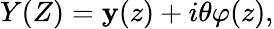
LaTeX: Y(Z)=\mathbf{y}(z)+i\theta\varphi(z),